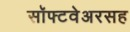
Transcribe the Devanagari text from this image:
सॉफ्टवेअरसह